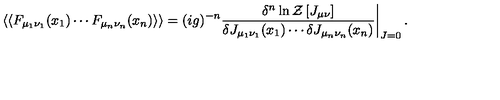
\left. \left< \left< F _ { \mu _ { 1 } \nu _ { 1 } } ( x _ { 1 } ) \cdots F _ { \mu _ { n } \nu _ { n } } ( x _ { n } ) \right> \right> = ( i g ) ^ { - n } \frac { \delta ^ { n } \ln { \cal Z } \left[ J _ { \mu \nu } \right] } { \delta J _ { \mu _ { 1 } \nu _ { 1 } } ( x _ { 1 } ) \cdots \delta J _ { \mu _ { n } \nu _ { n } } ( x _ { n } ) } \right| _ { J = 0 } .